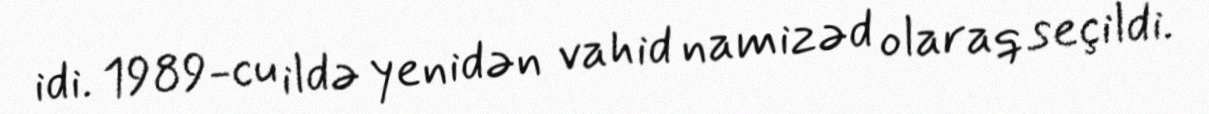
idi. 1989-cu ildə yenidən vahid namizəd olaraq seçildi.